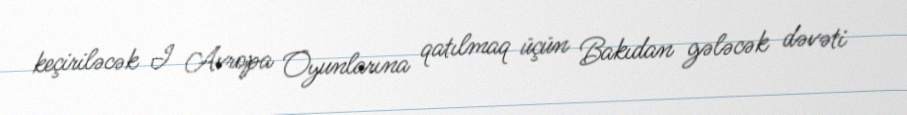
keçiriləcək I Avropa Oyunlarına qatılmaq üçün Bakıdan gələcək dəvəti